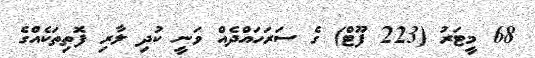
68 މީޓަރު (223 ފޫޓް) ގެ ސަރަހައްދެއް ވަނީ ކުދި ލާރި ފޮތިތަކެއްގެ